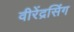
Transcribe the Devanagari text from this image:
वीरेंद्रसिंग